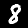
Digit: 8